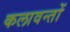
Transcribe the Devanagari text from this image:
कलावन्तों